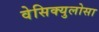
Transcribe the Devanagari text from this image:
वेसिक्युलोसा